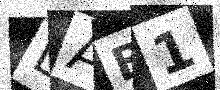
Text: LAB1